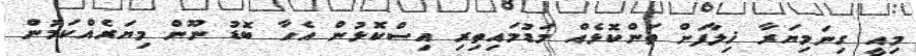
މިއީ ގިނަމިޔަރާ ޚިލާފަށް ތަންކޮޅެއް މަޑުމައިތިރި އިސްކޮޅުން އެހާ ބޮޑު ނޫން މިޔަރެއްކަމުން